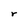
Character: r